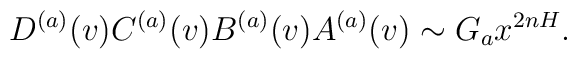
D^{(a)}(v)C^{(a)}(v)B^{(a)}(v)A^{(a)}(v)\sim G_ax^{2nH}.